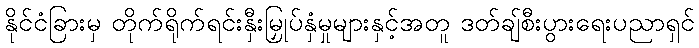
နိုင်ငံခြားမှ တိုက်ရိုက်ရင်းနှီးမြှုပ်နှံမှုများနှင့်အတူ ဒတ်ချ်စီးပွားရေးပညာရှင်